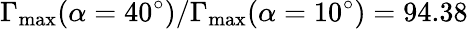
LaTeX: \Gamma_{\mathrm{max}}(\alpha=40^{\circ})/\Gamma_{\mathrm{max}}(\alpha=10^{\circ})=94.38\